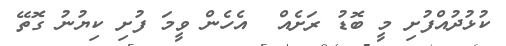
ކުޅުދުއްފުށި މީ ބޮޑު ރަށެއް  އެހެން ވީމަ ފުށި ކިޔުނު ގޮތޭ